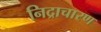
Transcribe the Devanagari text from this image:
निद्राचारण